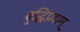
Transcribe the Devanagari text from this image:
बुद्धिप्रदाम्